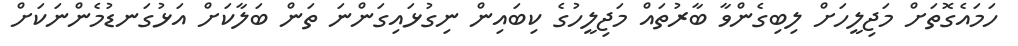
ހަމައެގޮތަށް މަޖިލީހަށް ލިބިގެންވާ ބާރުތައް މަޖިލީހުގެ ކިބައިން ނިގުޅައިގަންނަ ތަން ބަލާކަށް އަޅުގަނޑުމެންނަކަށް